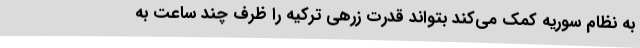
به نظام سوریه کمک می‌کند بتواند قدرت زرهی ترکیه را ظرف چند ساعت به